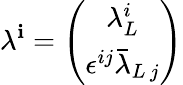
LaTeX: \lambda^{\mathbf{i}}=\left(\begin{array}{c}{{\lambda_{L}^{i}}}\\ {{\epsilon^{ij}\bar{\lambda}_{L\, j}}}\end{array}\right)